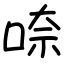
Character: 㖠